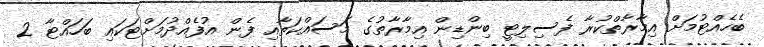
ބެހެއްޓުމަށް އިމާރާތްކުރާ ފެސިލިޓީ ބިންޑިން އިމާރާތުގެ މަސައްކަތާއި ފެން އުފެއްދުމަށްޓަކައި ބަހައްޓާ 2